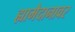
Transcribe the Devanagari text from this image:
ह्यामैदानावर